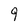
Character: 9